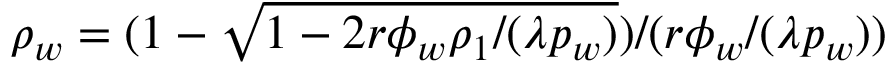
\rho _ { w } = ( 1 - \sqrt { 1 - 2 r \phi _ { w } \rho _ { 1 } / ( \lambda p _ { w } ) } ) / ( r \phi _ { w } / ( \lambda p _ { w } ) )